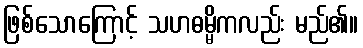
ဖြစ်သောကြောင့် သဟဓမ္မိကလည်း မည်၏။